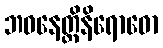
ဘဝနေတ္တိနိရောဓော